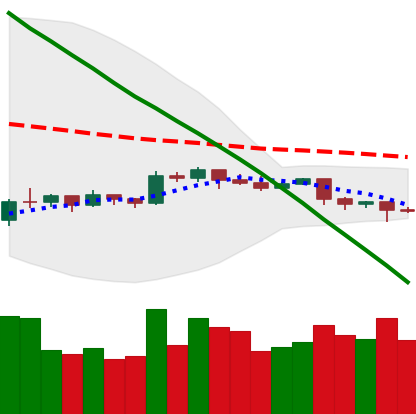
Ticker: EOS-USD
Chart end date: 2019-10-19
Forward return: -4.608%
Label: down_3_5